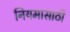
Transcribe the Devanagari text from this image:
नियमासाठी